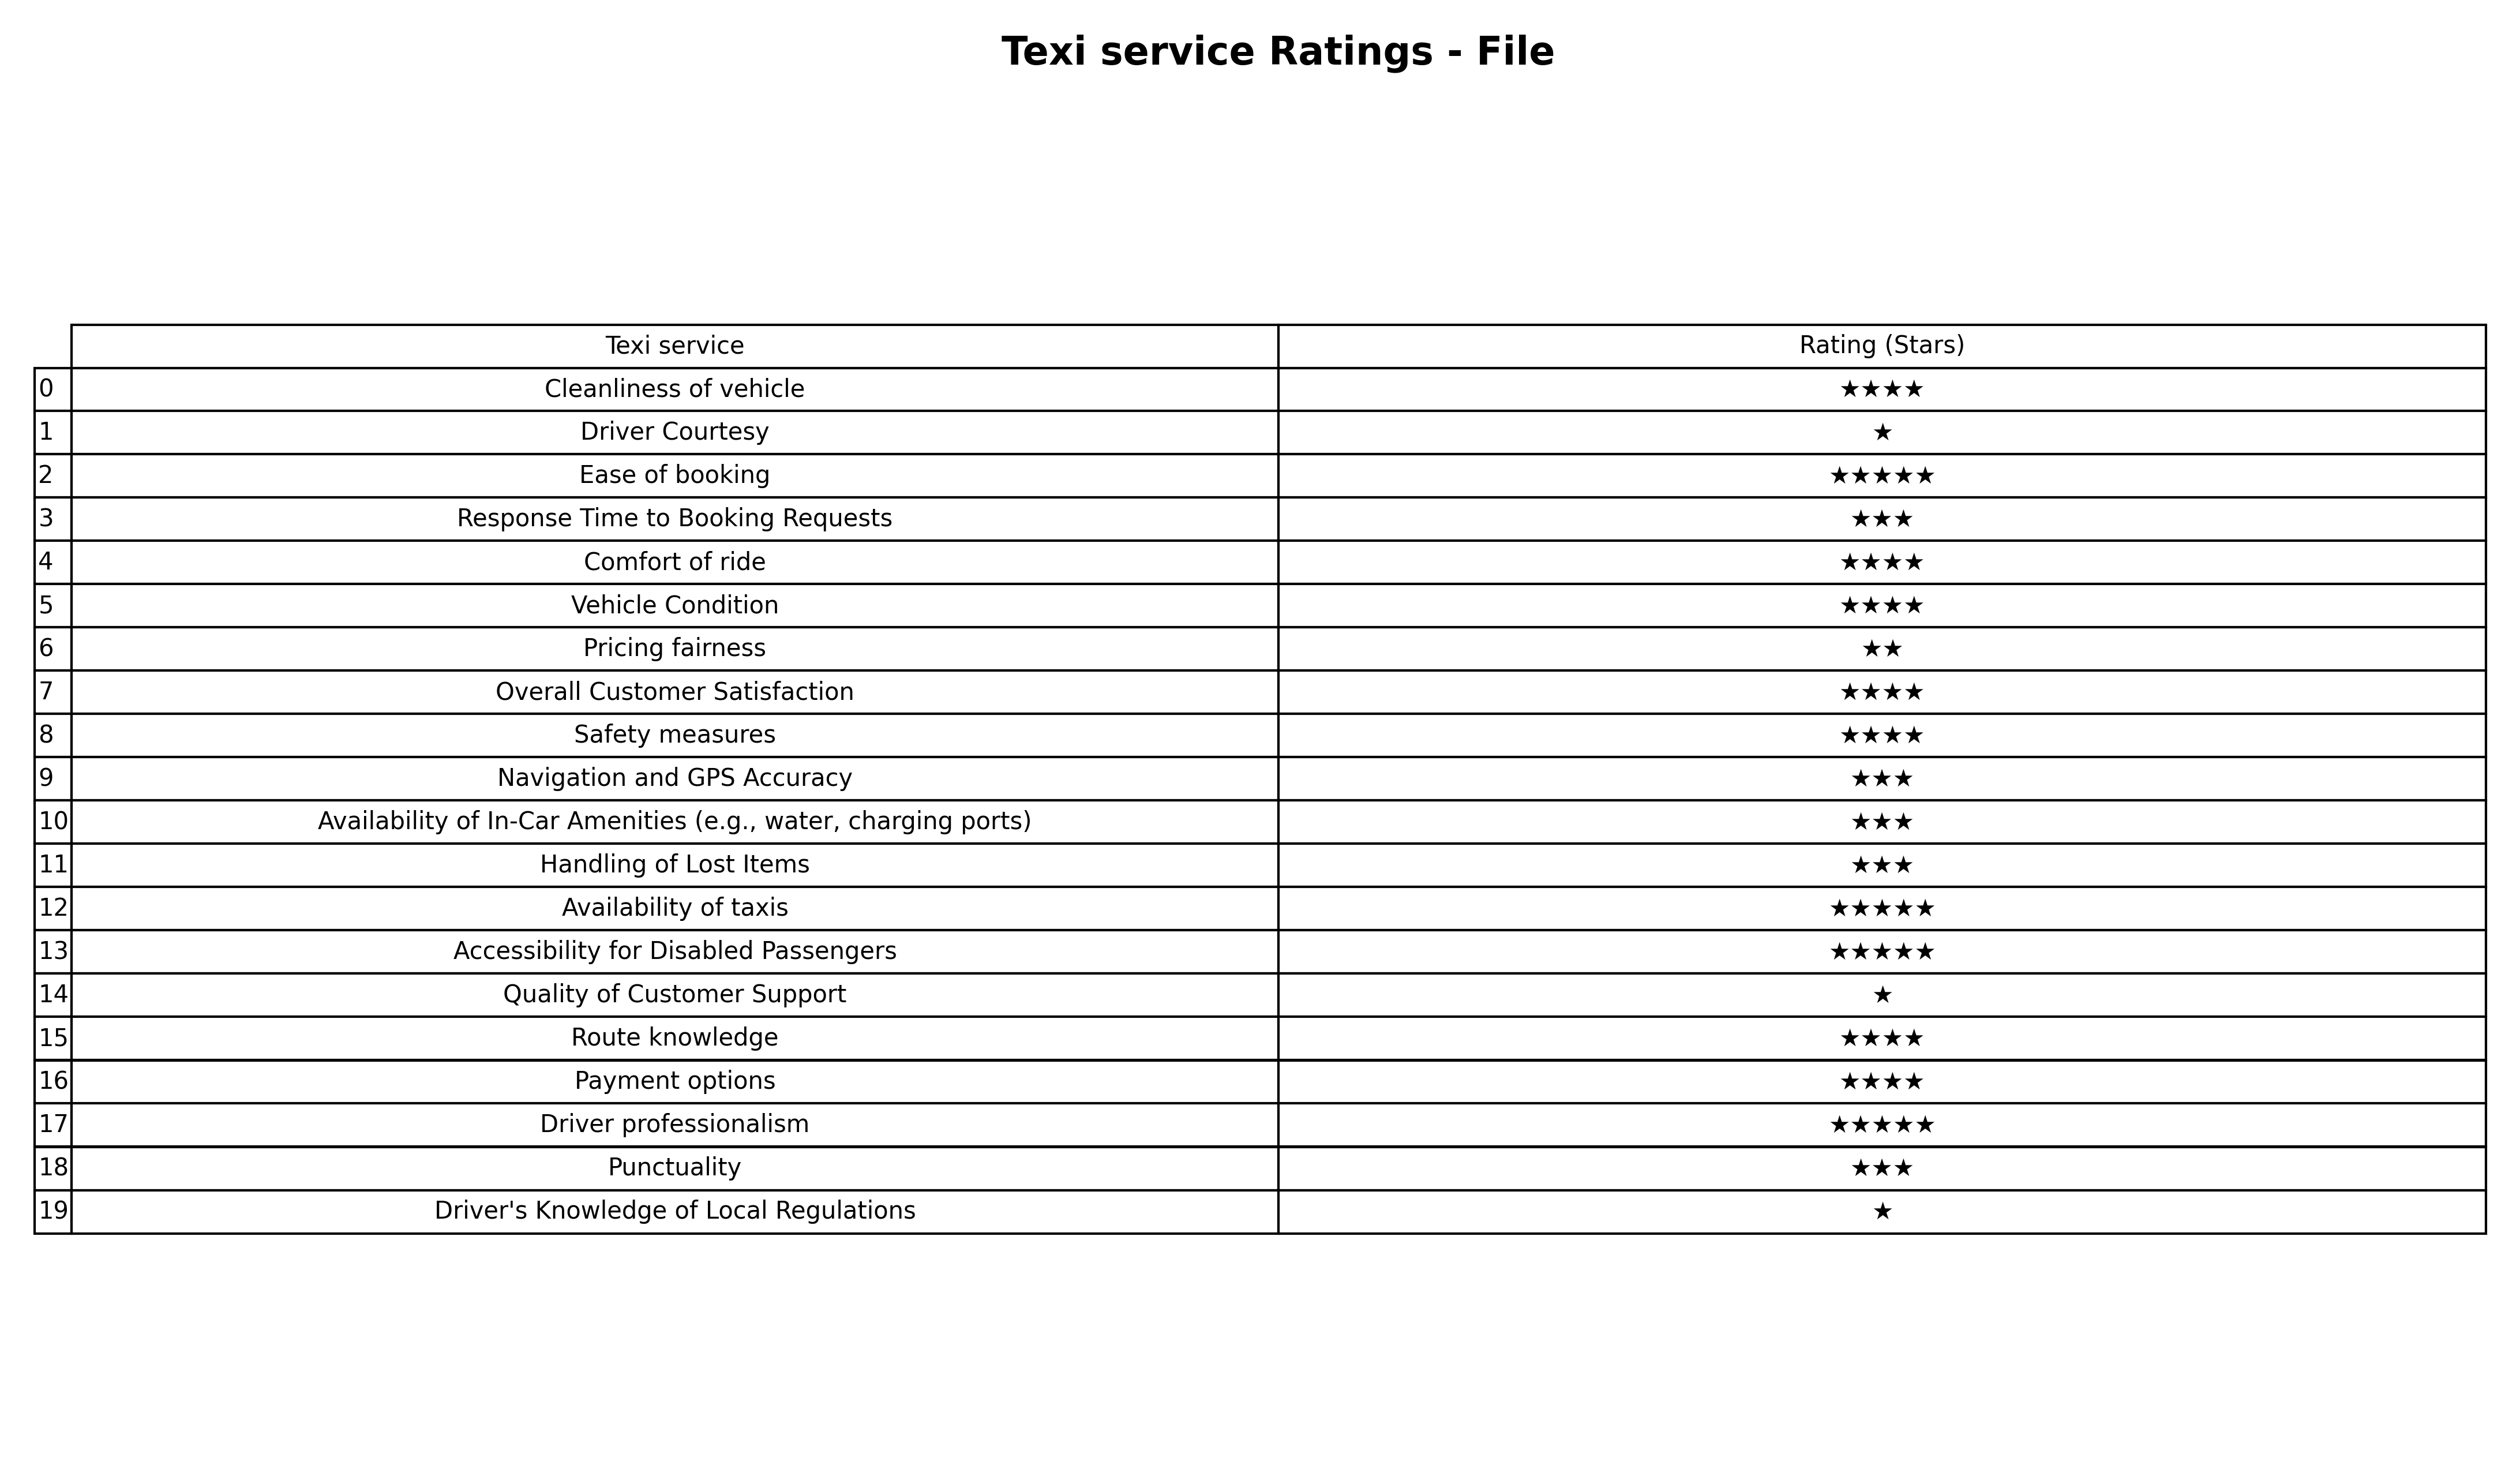
question: What is the rating of Comfort of ride?
answer: ★★★★